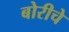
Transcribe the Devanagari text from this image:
बोरीचे